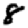
Digit: 8